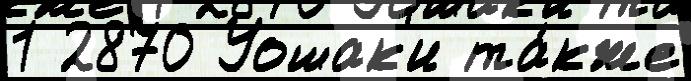
1 2870 Уошак'и та́кже